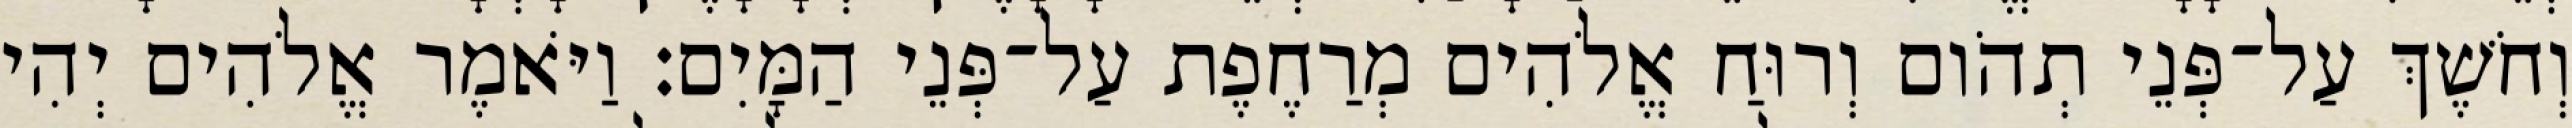
וְחֹשֶׁךְ עַל־פְּנֵי תְהֹום וְרוּחַ אֱלֹהִים מְרַחֶפֶת עַל־פְּנֵי הַמָּיִם׃ וַיֹּאמֶר אֱלֹהִים יְהִי